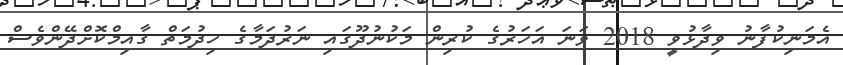
އެމަނިކުފާނު ވިދާޅުވީ 2018 ވަނަ އަހަރުގެ ކުރިން މަކުނުދޫގައި ނަރުދަމާގެ ހިދުމަތް ގާއިމްކޮށްދޭންވެސް